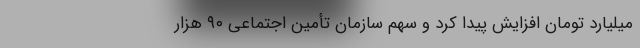
میلیارد تومان افزایش پیدا کرد و سهم سازمان تأمین اجتماعی ۹۰ هزار